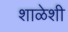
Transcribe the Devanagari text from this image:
शाळेशी